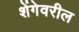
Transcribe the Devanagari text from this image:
शेंगेवरील